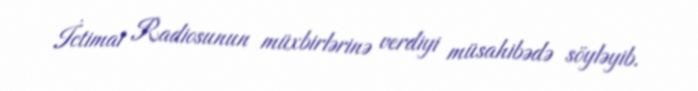
İctimai Radiosunun müxbirlərinə verdiyi müsahibədə söyləyib.